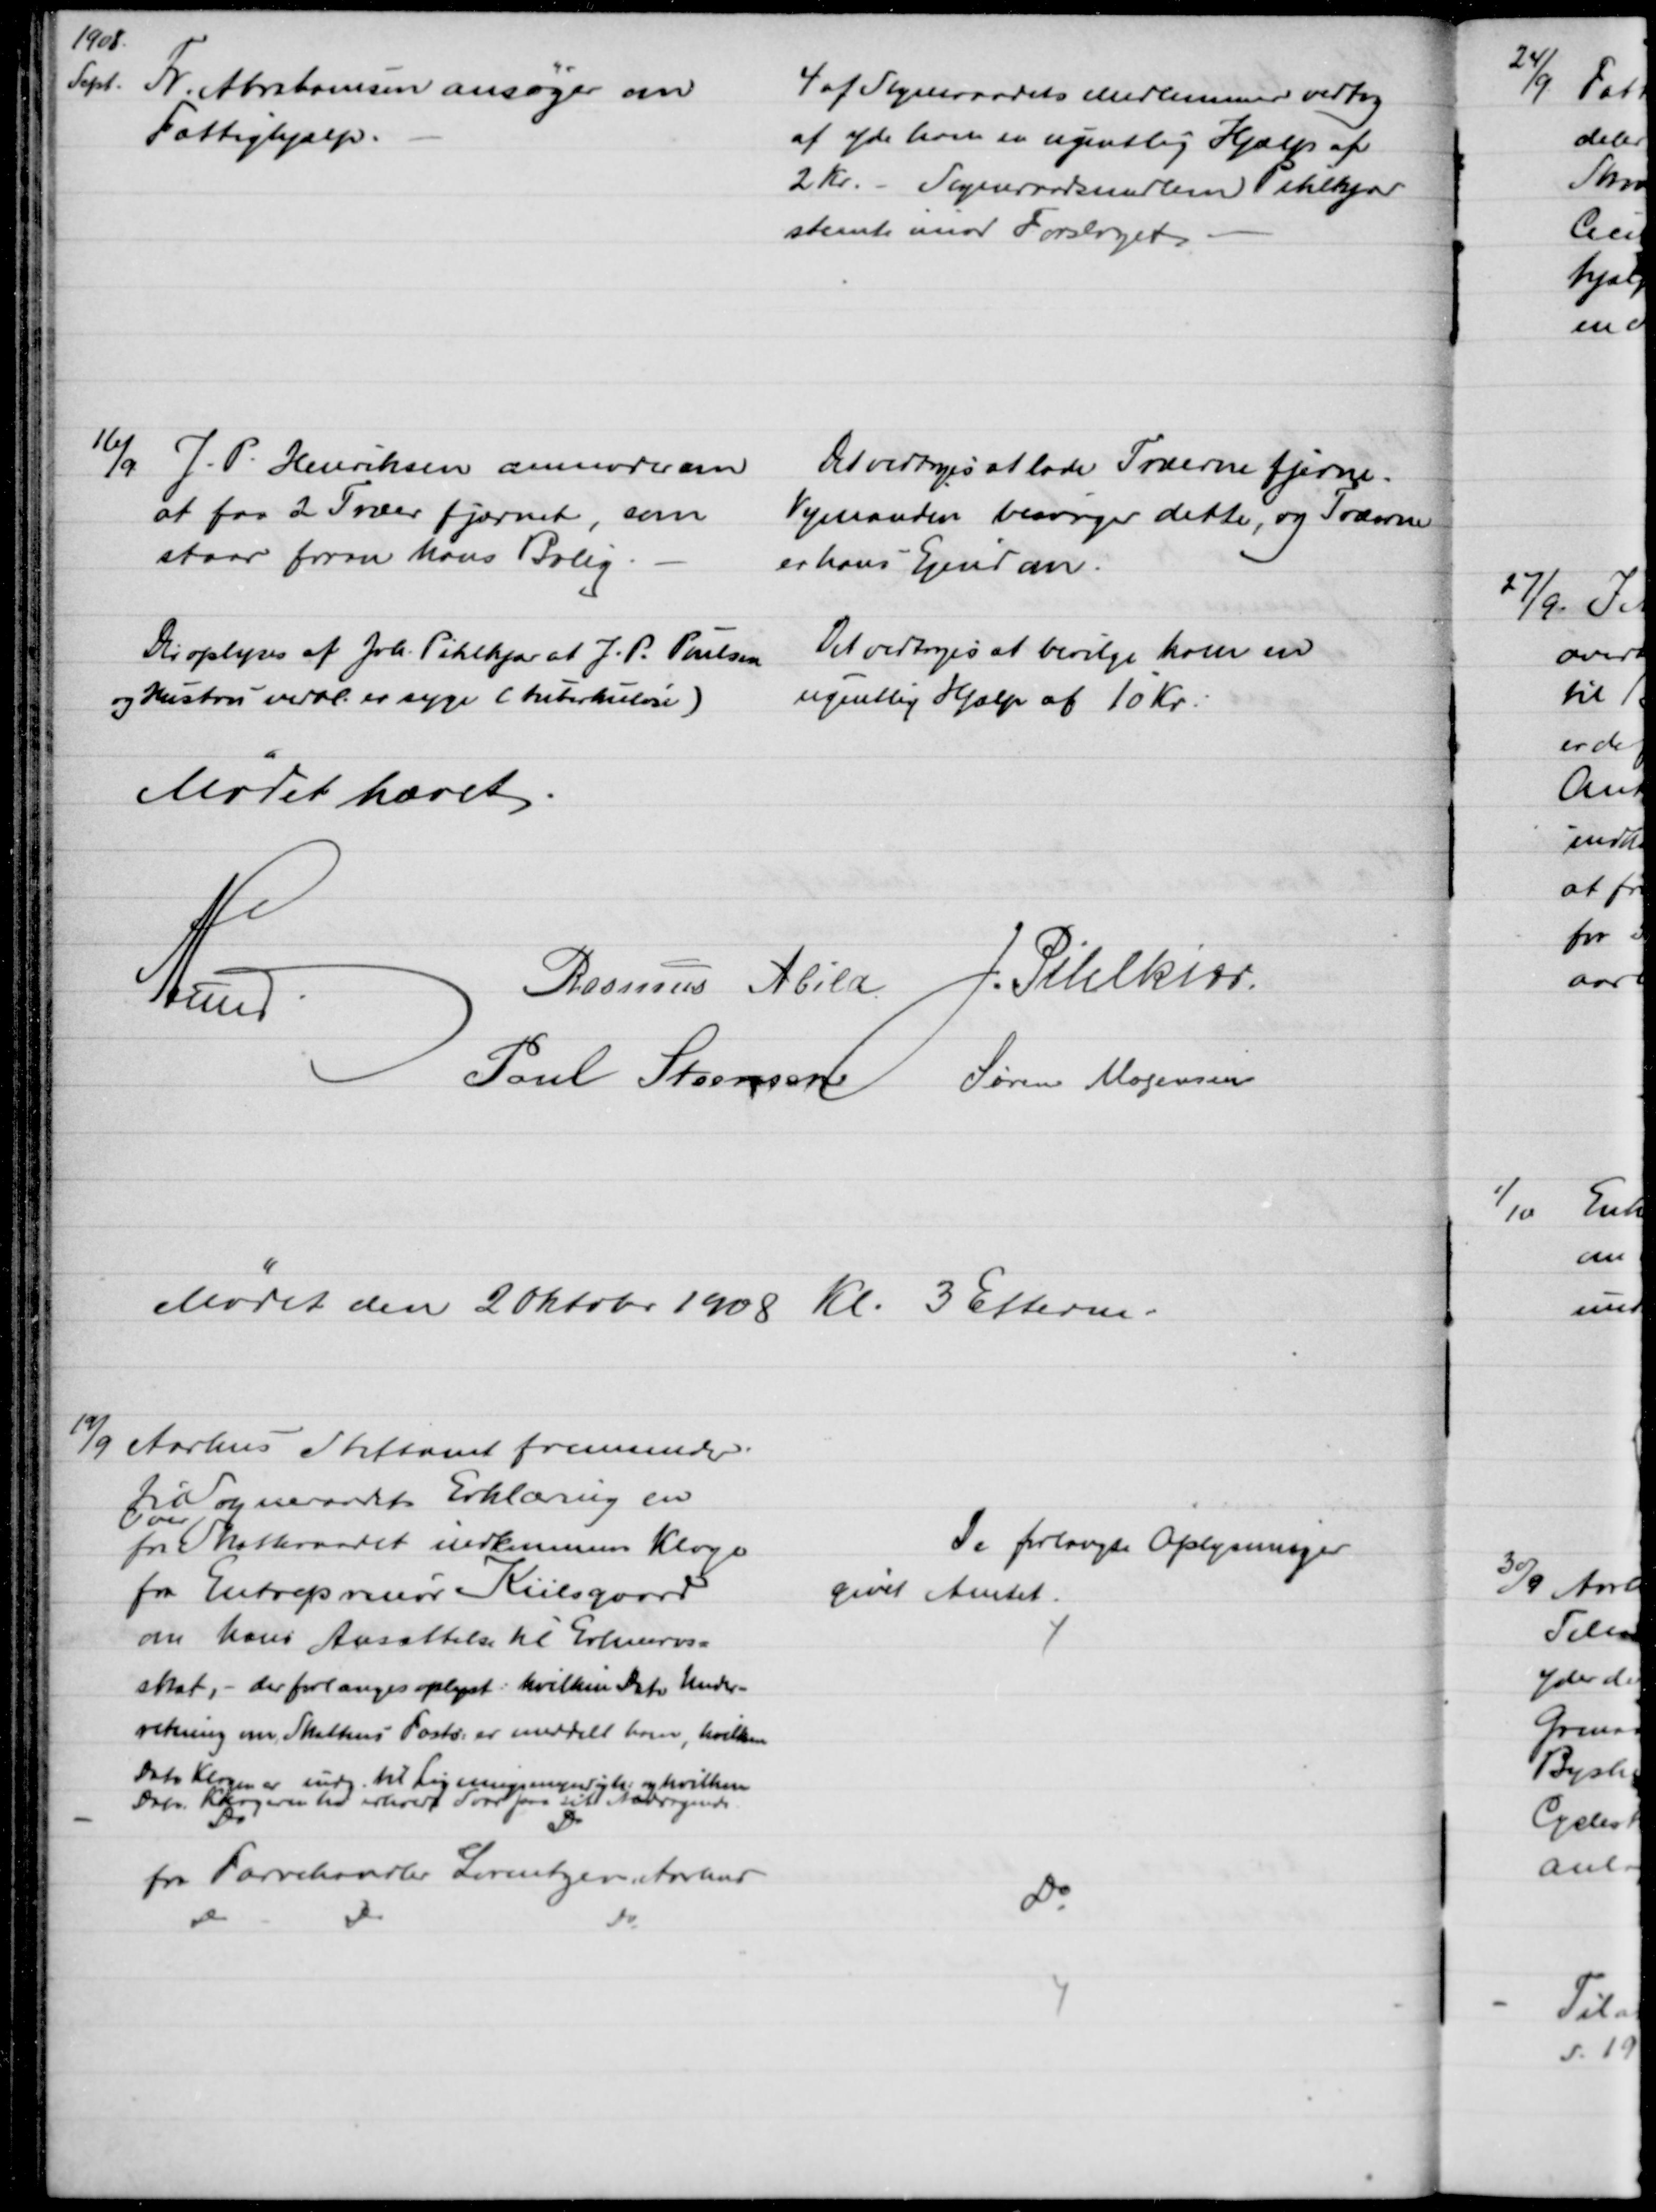
Transskription:
1908
Sept.
Fr. Abrahamsen ansøger om
Fattighjælp.
4 af Sogneraadets Medlemmer vedtog
af yde ham en ugentlig Hjælp af
2 Kr. - Sogneraadsmedlem Pihlkjær
stemte imod Forslaget.
16/9
J. P. Henriksen anmoder om
at faa 2 Træer fjærnet, som
staar foran hans Bolig.
Det vedtoges at lade Træerne fjerne.
Vejmanden besørger dette, og Træerne
er hans Ejendom.
Det oplyses af Joh. Pihlkjær at J. P. Poulsen
og Hustru vedvl. er syge (tuberkulose)
Det vedtoges at bevilge ham en
ugentlig Hjælp af 10 Kr.
Mødet hævet
A Lund
Rasmus Abild 
J. Pihlkjær
Poul Steensen 
Søren Mogensen
Mødet den 2 Oktobr 1908 Kl. 3 Efterm.
19/9
Aarhus Stiftamt fremsender
til Sogneraadets Erklæring en
for 
over
Skatteraadet indkommen Klage
fra Entreprenør Kiilsgaard
om hans Ansættelse til Erhvervs-
skat, - der forlanges oplyst: hvilken Dato Under-
retning om Skattens Fasts. er meddelt ham, hvilken 
Dato Klagen er indg. til Ligningsmyndighed og hvilken
Dato Klageren til erholdt Svar paa sit Andragende
De forlangte Oplysninger
givet Amtet.
Do
Do
fra Farvehandler Lorentzen Aarhus
Do
Do
Do
Do